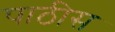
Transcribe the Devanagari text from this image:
पाठीस